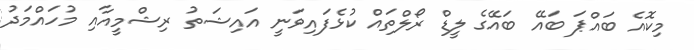
މިކޮއެ ބައްޕަ ބައޭ ބައޭގެ ލީޑް ރޯލްތައް ކުޅެފައިވަނީ އައިޝަތު ރިޝްމީއާއި މުހައްމަދު